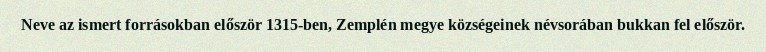
Neve az ismert forrásokban először 1315-ben, Zemplén megye községeinek névsorában bukkan fel először.